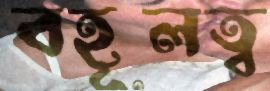
বহূলত্ব